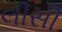
લીસી